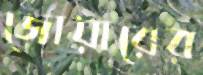
জোয়ারের